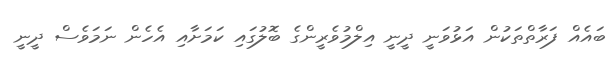
ބައެއް ފަރާތްތަކުން އަޅުވަނީ ދީނީ އިލްމުވެރީންގެ ބޮލުގައި ކަމަށާއި އެހެން ނަމަވެސް ދީނީ